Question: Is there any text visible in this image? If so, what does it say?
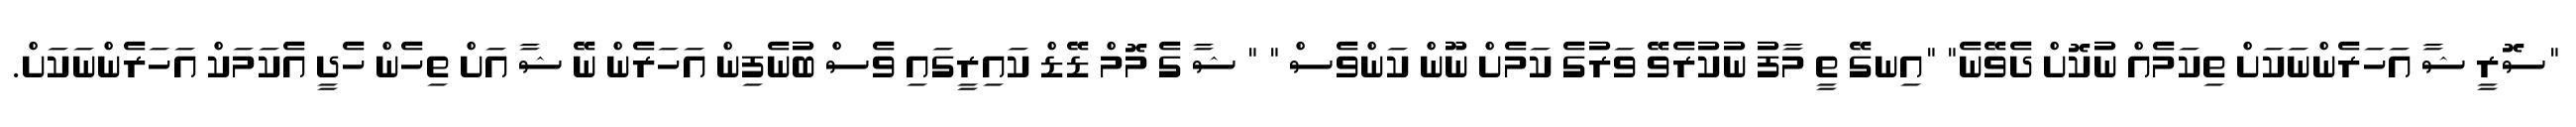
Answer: "ސޮރީ ޝާ އަހަރެންނަކަށް ތިކަމެއް ނުކޮށް ދެވޭނެ" "އިނގޭ ތީ މާފު ނުކުރެވޭ ވަރުގެ ކަމެށް ނޫން ކަންވެސް " " ޝާ ގެ މޮމް ޑޭޑް ކައިރީގައި ވެސް ބުނެފިން އަހަރެން ނޭ ޝާ އަށް ތިހެން ހެދީ އެކަމަކް އަހަރެންނަކަށް.